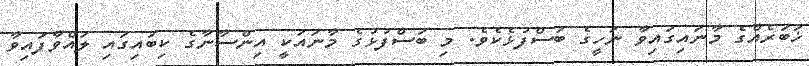
ޚަބަރެއްގެ މާނައިގައިވާ ނަހީގެ ބަސްފުޅެކެވެ. މި ބަސްފުޅުގެ މާނައަކީ އިންސާނާގެ ކިބައިގައި ލައްވާފައިވާ